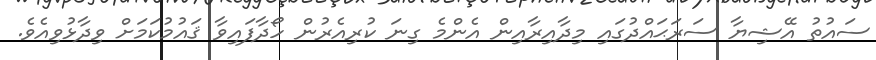
ސައުތު އޭޝިޔާ ސަރަޙައްދުގައި މިދާއިރާއިން އެންމެ ގިނަ ކުރިއެރުން ހޯދާފައިވާ ޤައުމުކަމަށް ވިދާޅުވިއެވެ.